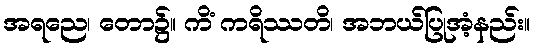
အရညေ၊ တော၌။ ကိံ ကရိဿတိ၊ အဘယ်ပြုအံ့နည်း။